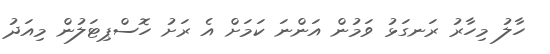
ހާލު މިހާރު ރަނގަޅު ވަމުން އަންނަ ކަމަށް އެ ރަށު ހޮސްޕިޓަލުން މިއަދު